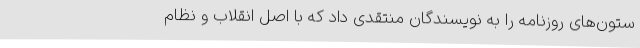
ستون‌های روزنامه را به نویسندگان منتقدی داد که با اصل انقلاب و نظام